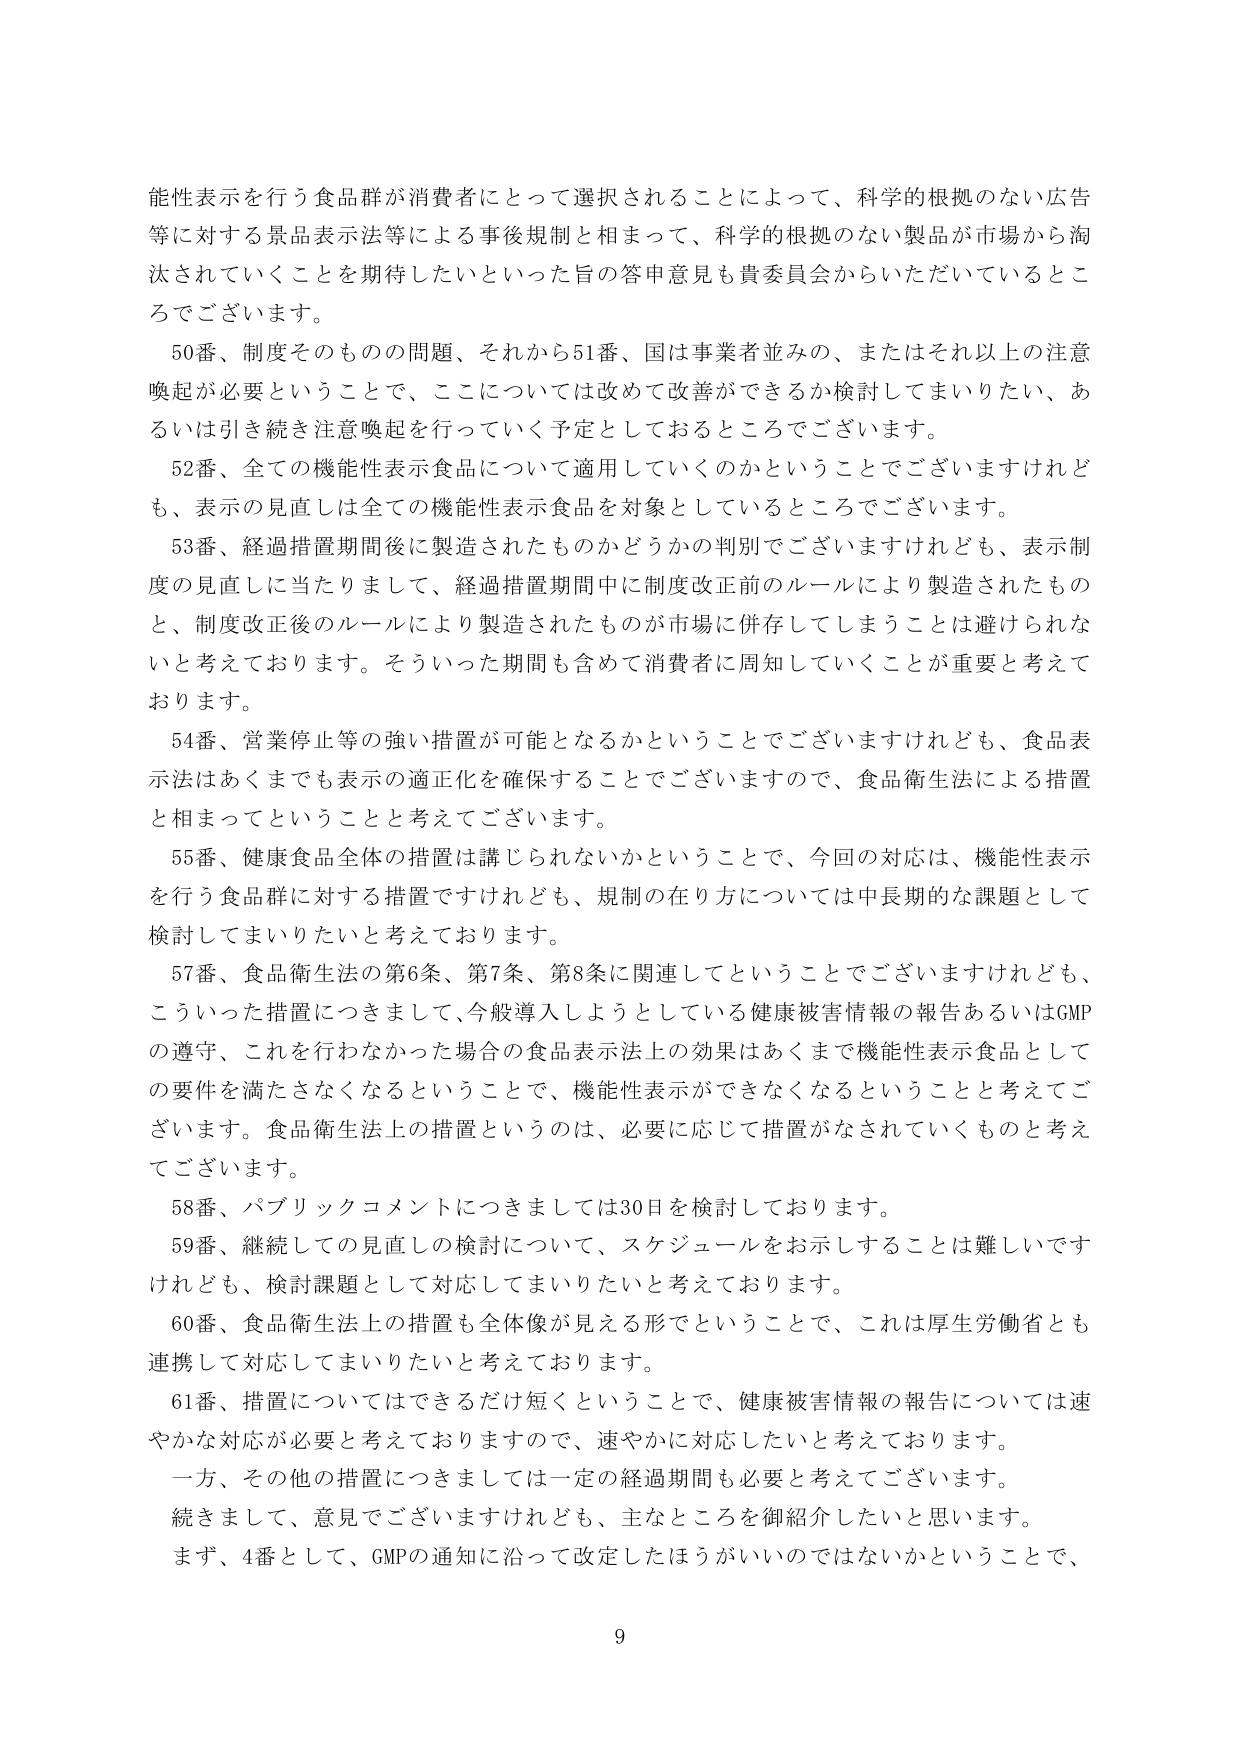
能性表示を行う食品群が消費者にとって選択されることによって、科学的根拠のない広告等に対する景品表示法等による事後規制と相まって、科学的根拠のない製品が市場から淘汰されていくことを期待したいといった旨の答申意見も貴委員会からいただいているところでございます。

50番、制度そのものの問題、それから51番、国は事業者並みの、またはそれ以上の注意喚起が必要ということで、ここについては改めて改善ができるか検討してまいりたい、あるいは引き続き注意喚起を行っていく予定としておるところでございます。

52番、全ての機能性表示食品について適用していくのかということでございますけれども、表示の見直しは全ての機能性表示食品を対象としているところでございます。

53番、経過措置期間後に製造されたものかどうかの判別でございますけれども、表示制度の見直しに当たりまして、経過措置期間中に制度改正前のルールにより製造されたものと、制度改正後のルールにより製造されたものが市場に併存してしまうことは避けられないと考えております。そういった期間も含めて消費者に周知していくことが重要と考えております。

54番、営業停止等の強い措置が可能となるかということでございますけれども、食品表示法はあくまでも表示の適正化を確保することでございますので、食品衛生法による措置と相まってということと考えております。

55番、健康食品全体の措置は講じられないかということで、今回の対応は、機能性表示を行う食品群に対する措置ですけれども、規制の在り方については中長期的な課題として検討してまいりたいと考えております。

57番、食品衛生法の第6条、第7条、第8条に関連してということでございますけれども、こういった措置につきまして、今般導入しようとしている健康被害情報の報告あるいはGMPの遵守、これを行わなかった場合の食品表示法上の効果はあくまで機能性表示食品としての要件を満たさなくなるということで、機能性表示ができなくなるということと考えております。食品衛生法上の措置というのは、必要に応じて措置がなされていくものと考えております。

58番、パブリックコメントにつきましては30日を検討しております。

59番、継続しての見直しの検討について、スケジュールをお示しすることは難しいですけれども、検討課題として対応してまいりたいと考えております。

60番、食品衛生法上の措置も全体像が見える形でということで、これは厚生労働省とも連携して対応してまいりたいと考えております。

61番、措置についてはできるだけ短くということで、健康被害情報の報告については速やかな対応が必要と考えておりますので、速やかに対応したいと考えております。

一方、その他の措置につきましては一定の経過期間も必要と考えております。

続きまして、意見でございますけれども、主なところを御紹介したいと思います。

まず、4番として、GMPの通知に沿って改定したほうがいいのではないかということで、

9